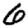
Digit: 6